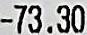
-73.30